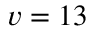
v = 1 3